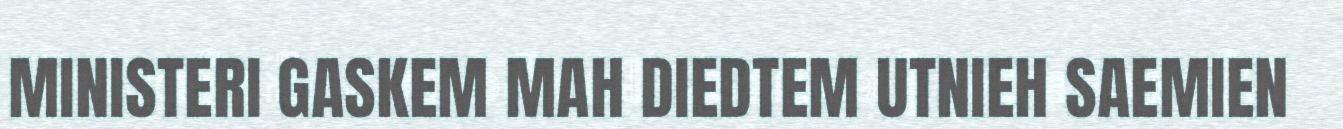
MINISTERI GASKEM MAH DIEDTEM UTNIEH SAEMIEN